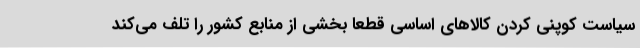
سیاست کوپنی کردن کالاهای اساسی قطعاً بخشی از منابع کشور را تلف می‌کند